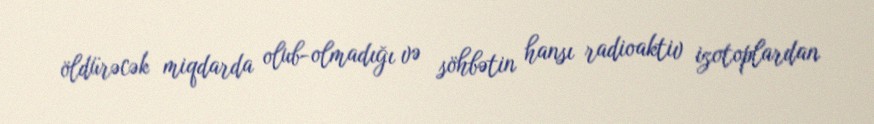
öldürəcək miqdarda olub-olmadığı və söhbətin hansı radioaktiv izotoplardan